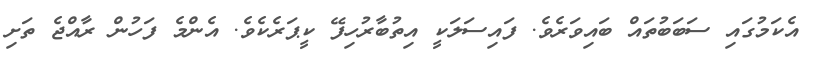
އެކަމުގައި ސަބަބުތައް ބައިވަރެވެ. ފައިސަލަކީ އިތުބާރުހިފޭ ކީޕަރެކެވެ. އެންމެ ފަހުން ރާއްޖެ ތަށި